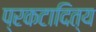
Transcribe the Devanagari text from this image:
प्रकटादित्य